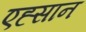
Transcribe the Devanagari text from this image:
एह्सान